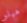
هيلو